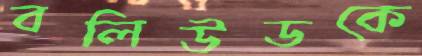
বলিউডকে